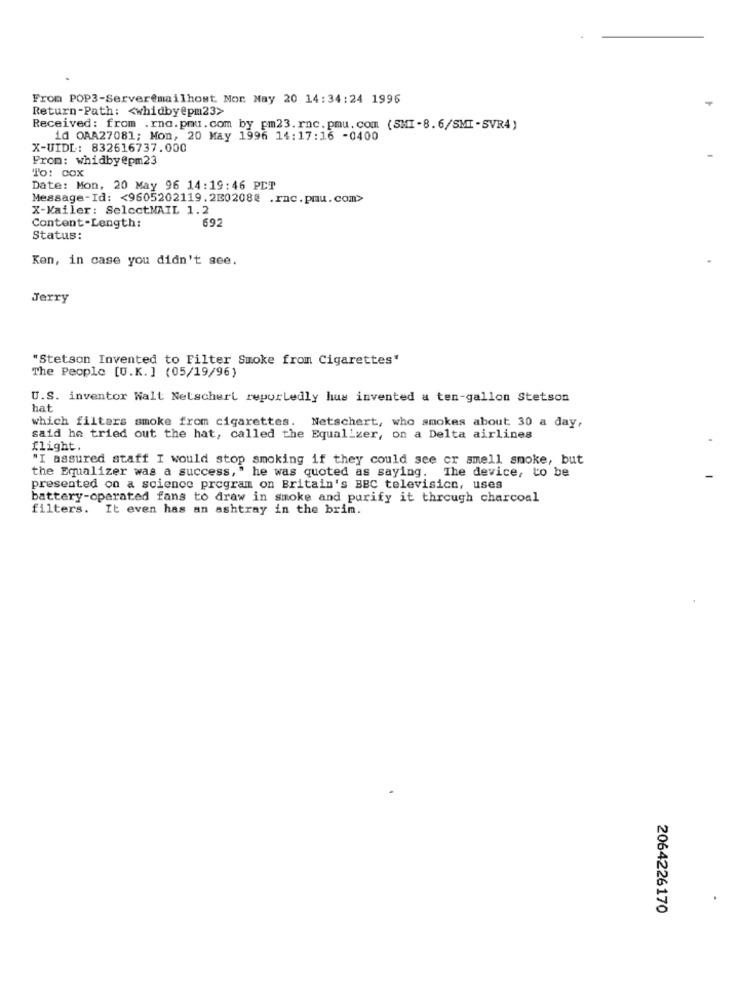
From POP3-Server@mailhost. Mor May 20 14:34:24 1996
Return-Path: < whidby@pm23>
Received: from .rno.pmu.com by pm23.rnc.pmu.com (SMI-8.6/SMI-SVR4)
id OAA27081; Mon, 20 May 1996 14:17:16 -0400
X-UIDL: 832616737.000
From: whidby@pm23
To: Cox
Date: Mon, 20 May 96 14:19:46 PCT
Message-Id: < 9605202119.200208@ .rnc.pmu.com>
X-Mailer: SelectMAIL 1.2
Content-Length:
692
Status:
Ken, in case you didn't see.
Jerry
"Stetson Invented to Filter Smoke from Cigarettes"
The People [U.K. ] (05/19/96)
U.S. inventor Walt Netschert reportedly hus invented a ten-gallon Stetson
hat
which filters smoke from cigarettes. Netschert, who smokes about 30 a day,
said he tried out the hat, called the Equalizer, on a Delta airlines
flight.
"I assured staff I would stop smoking if they could see cr smell smoke, but
the Equalizer was a success, " he was quoted as saying. The device, to be
presented on a science program on Britain's BBC televisicn, uses
battery-operated fans to draw in smoke and purify it through charcoal
filters. It even has an ashtray in the brim.
2064226170